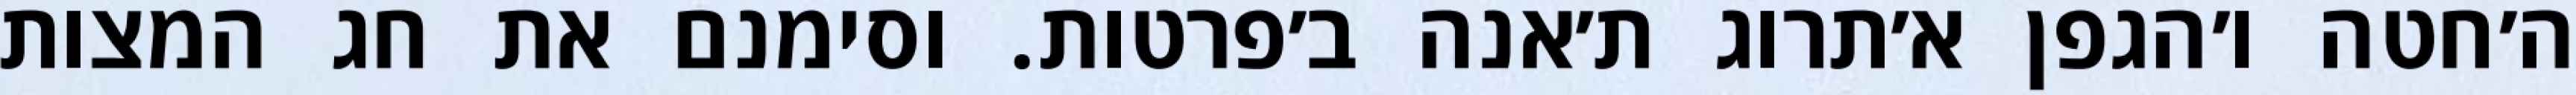
ה׳חטה ו׳הגפן א׳תרוג ת׳אנה ב׳פרטות. וסימנם את חג המצות